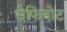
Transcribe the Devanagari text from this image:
सेफियोट